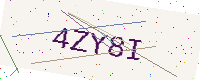
Text: 4ZY8I